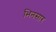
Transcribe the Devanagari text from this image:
भिनसार